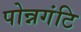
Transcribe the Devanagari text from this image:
पोन्नगंटि